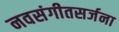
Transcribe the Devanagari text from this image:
नवसंगीतसर्जना